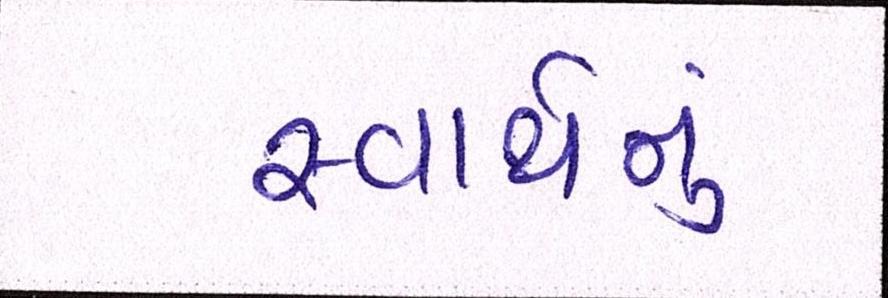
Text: સ્વાર્થનું